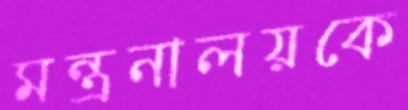
মন্ত্রনালয়কে